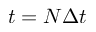
t = N \Delta t